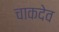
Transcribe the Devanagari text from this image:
चाकदेव